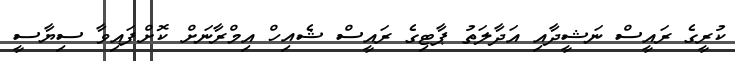
ކުރީގެ ރައީސް ނަޝީދާއި އަދާލަތު ޕާޓިގެ ރައީސް ޝެއިހް އިމްރާނަށް ކޮށްފައިވާ ސިޔާސީ